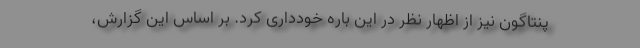
پنتاگون نیز از اظهار نظر در این باره خودداری کرد. بر اساس این گزارش،